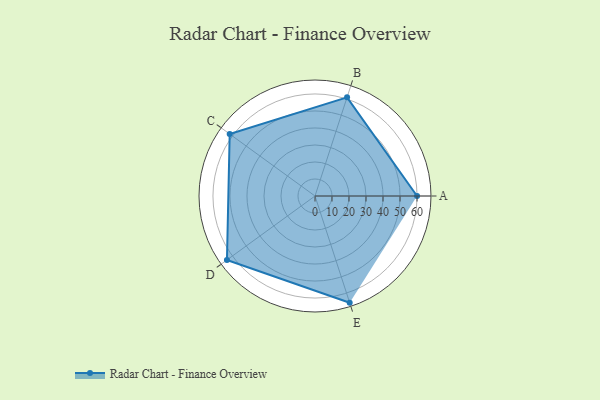
{"axis": {"x": "Skill", "y": "Score"}, "legend": ["Profile"], "data": [{"x": "A", "y": 60.0, "type": "Profile"}, {"x": "B", "y": 61.0, "type": "Profile"}, {"x": "C", "y": 62.0, "type": "Profile"}, {"x": "D", "y": 64.0, "type": "Profile"}, {"x": "E", "y": 66.0, "type": "Profile"}]}